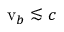
\mathrm { v } _ { b } \lesssim c